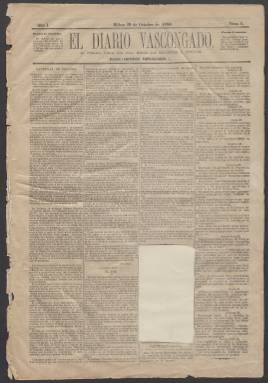
Título: El Diario vascongado
Colección: Periódicos
Ámbito geográfico: Vizcaya
Lugar de publicación: Bilbao
Fechas: 29/10/1880-29/10/1880